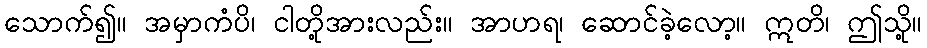
သောက်၍။ အမှာကံပိ၊ ငါတို့အားလည်း။ အာဟရ၊ ဆောင်ခဲ့လော့။ ဣတိ၊ ဤသို့။